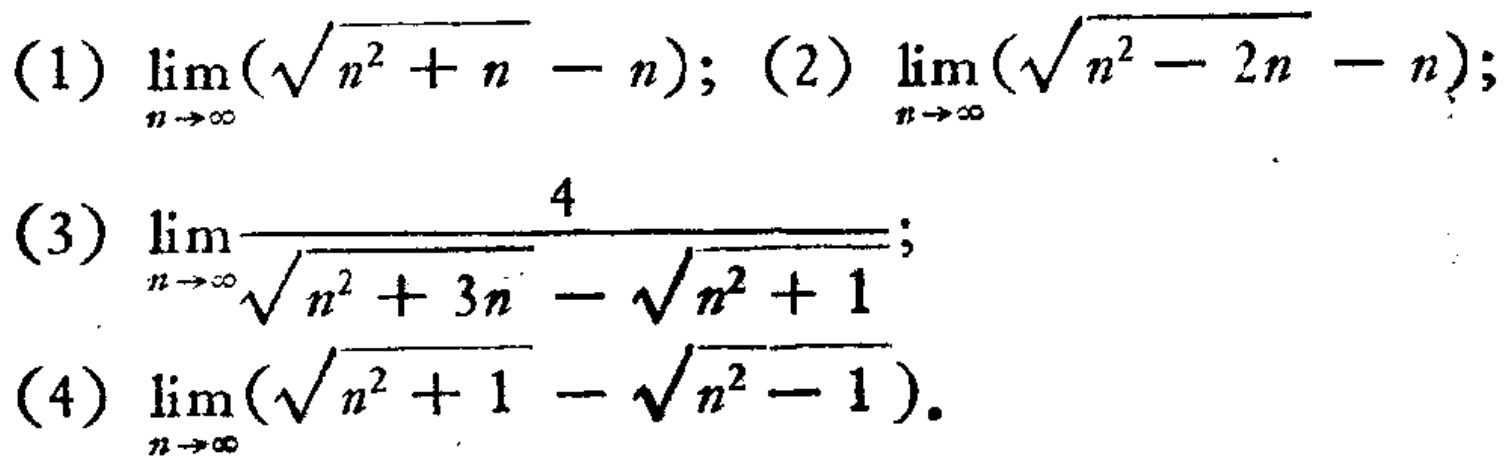
(1) \(\lim_{n \to \infty}(\sqrt{n^{2}+n}-n)\); (2) \(\lim_{n \to \infty}(\sqrt{n^{2}-2n}-n)\);

(3) \(\lim_{n \to \infty}\frac{4}{\sqrt{n^{2}+3n}-\sqrt{n^{2}+1}}\);

(4) \(\lim_{n \to \infty}(\sqrt{n^{2}+1}-\sqrt{n^{2}-1})\).